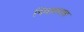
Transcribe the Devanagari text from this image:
निवासदास